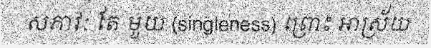
សភាវៈ តែ មួយ (singleness) ព្រោះ អាស្រ័យ